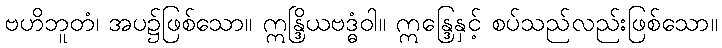
ဗဟိဘူတံ၊ အပ၌ဖြစ်သော။ ဣန္ဒြိယဗဒ္ဓံဝါ။ ဣန္ဒြေနှင့် စပ်သည်လည်းဖြစ်သော။